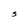
Character: S